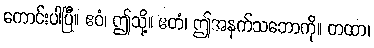
ကောင်းပါပြီ။ ဧဝံ၊ ဤသို့။ ဧတံ၊ ဤအနက်သဘောကို။ တထာ၊